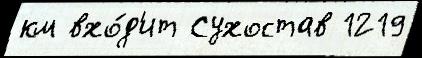
км вхо́д'ит Сухостав 1219